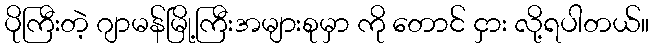
ပိုကြီးတဲ့ ဂျာမန်မြို့ကြီးအများစုမှာ ကို တောင် ငှား လို့ရပါတယ်။